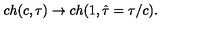
c h ( c , \tau ) \rightarrow c h ( 1 , \hat { \tau } = \tau / c ) .